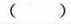
()